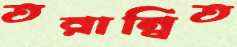
তরান্বিত